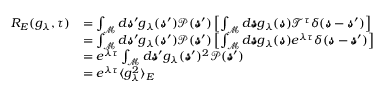
\begin{array} { r l } { R _ { E } ( g _ { \lambda } , \tau ) } & { = \int _ { \mathcal { M } } d \pmb { \mathscr { s } } ^ { \prime } g _ { \lambda } ( \pmb { \mathscr { s } } ^ { \prime } ) \mathscr { P } ( \pmb { \mathscr { s } } ^ { \prime } ) \left[ \int _ { \mathcal { M } } d \pmb { \mathscr { s } } g _ { \lambda } ( \pmb { \mathscr { s } } ) \mathscr { T } ^ { \tau } \delta ( \pmb { \mathscr { s } } - \pmb { \mathscr { s } } ^ { \prime } ) \right] } \\ & { = \int _ { \mathcal { M } } d \pmb { \mathscr { s } } ^ { \prime } g _ { \lambda } ( \pmb { \mathscr { s } } ^ { \prime } ) \mathscr { P } ( \pmb { \mathscr { s } } ^ { \prime } ) \left[ \int _ { \mathcal { M } } d \pmb { \mathscr { s } } g _ { \lambda } ( \pmb { \mathscr { s } } ) e ^ { \lambda \tau } \delta ( \pmb { \mathscr { s } } - \pmb { \mathscr { s } } ^ { \prime } ) \right] } \\ & { = e ^ { \lambda \tau } \int _ { \mathcal { M } } d \pmb { \mathscr { s } } ^ { \prime } g _ { \lambda } ( \pmb { \mathscr { s } } ^ { \prime } ) ^ { 2 } \mathscr { P } ( \pmb { \mathscr { s } } ^ { \prime } ) } \\ & { = e ^ { \lambda \tau } \langle g _ { \lambda } ^ { 2 } \rangle _ { E } } \end{array}